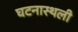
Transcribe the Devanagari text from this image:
घटनास्थली